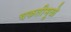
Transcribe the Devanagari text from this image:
चकतीमुळे